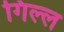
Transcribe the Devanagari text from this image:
गिल्ल